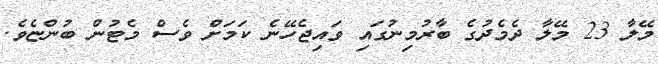
މޭލާ 23 މޭލާ ދެމެދުގެ ބާރުމިނުގައި ވައިޖެހޭނެ ކަމަށް ވެސް މެޓުން ބުންޏެވެ.